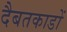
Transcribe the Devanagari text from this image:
दैबतकाडों